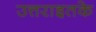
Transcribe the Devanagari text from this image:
उत्तराइतके